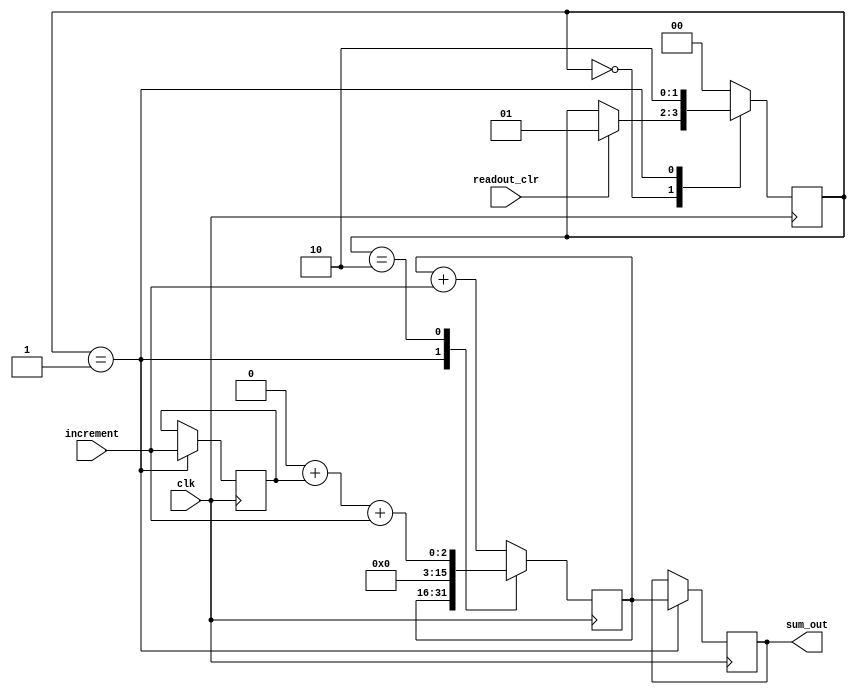
module summator (
 increment, readout_clr, clk, sum_out
);

input increment, readout_clr, clk;
output [15:0] sum_out;

reg [15:0] sum;
reg [15:0] sum_out;
reg inc_temp;

reg [1:0] state;

//initial
//begin
//	sum <= 16'b0000000000000000;
//	sum_out <=16'b0000000000000000;
//	inc_temp <=1'b0;
//	state <=2'b00;
//end

always @(posedge clk)
begin
	case (state)
	2'b00: 
	begin
		sum <= sum + increment;
		if (readout_clr) state <= 2'b01;
	end
	2'b01:
	begin
		inc_temp <= increment;
		sum_out <=sum;
		state <= 2'b10;
	end
	2'b10:
	begin
		sum <= 16'b0000000000000000 + inc_temp + increment;
		state <= 2'b00;
	end
	default:
	begin
	  	sum <= sum + increment;
		state <= 2'b00;
	end
	endcase
end

endmodule